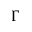
\Gamma